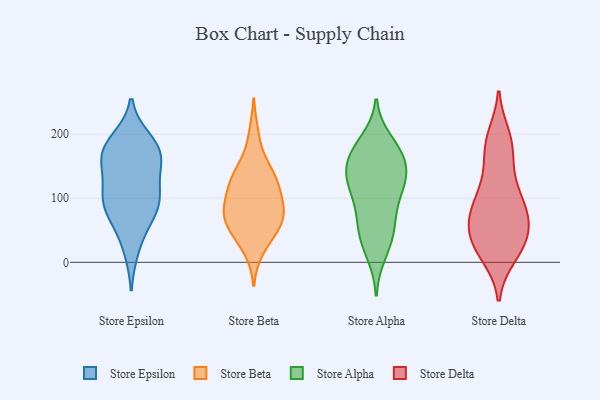
{"axis": {"x": "Market Share (%)", "y": "Value"}, "legend": ["Store Alpha", "Store Beta", "Store Delta", "Store Epsilon"], "data": [{"x": "", "y": 177, "type": "Store Epsilon"}, {"x": "", "y": 162, "type": "Store Epsilon"}, {"x": "", "y": 175, "type": "Store Epsilon"}, {"x": "", "y": 190, "type": "Store Epsilon"}, {"x": "", "y": 102, "type": "Store Epsilon"}, {"x": "", "y": 59, "type": "Store Epsilon"}, {"x": "", "y": 154, "type": "Store Epsilon"}, {"x": "", "y": 83, "type": "Store Epsilon"}, {"x": "", "y": 103, "type": "Store Epsilon"}, {"x": "", "y": 21, "type": "Store Epsilon"}, {"x": "", "y": 83, "type": "Store Epsilon"}, {"x": "", "y": 176, "type": "Store Epsilon"}, {"x": "", "y": 135, "type": "Store Epsilon"}, {"x": "", "y": 100, "type": "Store Epsilon"}, {"x": "", "y": 62, "type": "Store Beta"}, {"x": "", "y": 89, "type": "Store Beta"}, {"x": "", "y": 73, "type": "Store Beta"}, {"x": "", "y": 125, "type": "Store Beta"}, {"x": "", "y": 38, "type": "Store Beta"}, {"x": "", "y": 73, "type": "Store Beta"}, {"x": "", "y": 121, "type": "Store Beta"}, {"x": "", "y": 20, "type": "Store Beta"}, {"x": "", "y": 85, "type": "Store Beta"}, {"x": "", "y": 153, "type": "Store Beta"}, {"x": "", "y": 129, "type": "Store Beta"}, {"x": "", "y": 53, "type": "Store Beta"}, {"x": "", "y": 66, "type": "Store Beta"}, {"x": "", "y": 138, "type": "Store Beta"}, {"x": "", "y": 103, "type": "Store Beta"}, {"x": "", "y": 199, "type": "Store Beta"}, {"x": "", "y": 66, "type": "Store Alpha"}, {"x": "", "y": 137, "type": "Store Alpha"}, {"x": "", "y": 166, "type": "Store Alpha"}, {"x": "", "y": 146, "type": "Store Alpha"}, {"x": "", "y": 118, "type": "Store Alpha"}, {"x": "", "y": 122, "type": "Store Alpha"}, {"x": "", "y": 65, "type": "Store Alpha"}, {"x": "", "y": 12, "type": "Store Alpha"}, {"x": "", "y": 178, "type": "Store Alpha"}, {"x": "", "y": 128, "type": "Store Alpha"}, {"x": "", "y": 103, "type": "Store Alpha"}, {"x": "", "y": 162, "type": "Store Alpha"}, {"x": "", "y": 190, "type": "Store Alpha"}, {"x": "", "y": 152, "type": "Store Alpha"}, {"x": "", "y": 35, "type": "Store Alpha"}, {"x": "", "y": 109, "type": "Store Alpha"}, {"x": "", "y": 178, "type": "Store Alpha"}, {"x": "", "y": 60, "type": "Store Alpha"}, {"x": "", "y": 33, "type": "Store Alpha"}, {"x": "", "y": 11, "type": "Store Delta"}, {"x": "", "y": 196, "type": "Store Delta"}, {"x": "", "y": 132, "type": "Store Delta"}, {"x": "", "y": 61, "type": "Store Delta"}, {"x": "", "y": 84, "type": "Store Delta"}, {"x": "", "y": 91, "type": "Store Delta"}, {"x": "", "y": 20, "type": "Store Delta"}, {"x": "", "y": 190, "type": "Store Delta"}, {"x": "", "y": 175, "type": "Store Delta"}, {"x": "", "y": 91, "type": "Store Delta"}, {"x": "", "y": 42, "type": "Store Delta"}, {"x": "", "y": 95, "type": "Store Delta"}, {"x": "", "y": 133, "type": "Store Delta"}, {"x": "", "y": 17, "type": "Store Delta"}, {"x": "", "y": 29, "type": "Store Delta"}, {"x": "", "y": 69, "type": "Store Delta"}, {"x": "", "y": 51, "type": "Store Delta"}, {"x": "", "y": 68, "type": "Store Delta"}, {"x": "", "y": 31, "type": "Store Delta"}, {"x": "", "y": 181, "type": "Store Delta"}]}